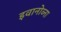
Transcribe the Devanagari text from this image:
इवानोव्ना